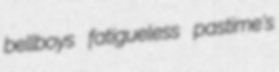
bellboys fatigueless pastime's